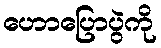
ဟောပြောပွဲကို